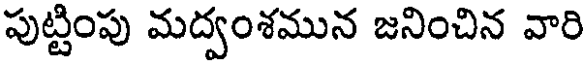
పుట్టింపు మద్వంశమున జనించిన వారి